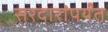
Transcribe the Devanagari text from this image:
सरदारांपर्यंत